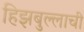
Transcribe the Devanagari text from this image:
हिझबुल्लाची